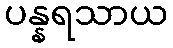
ပန္နရသာယ